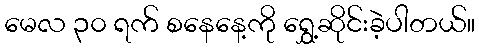
မေလ ၃၀ ရက် စနေနေ့ကို ရွှေ့ဆိုင်းခဲ့ပါတယ်။